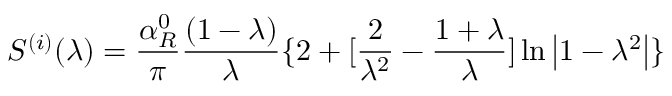
S ^ { ( i ) } ( \lambda ) = \frac { \alpha _ { R } ^ { 0 } } \pi \frac { ( 1 - \lambda ) } \lambda \{ 2 + [ \frac 2 { \lambda ^ { 2 } } - \frac { 1 + \lambda } \lambda ] \ln \left| 1 - \lambda ^ { 2 } \right| \}